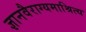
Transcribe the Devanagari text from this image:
ज्ञानवैराग्यमाश्रित्य